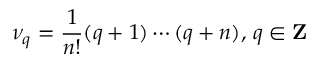
\nu _ { q } = { \frac { 1 } { n ! } } ( q + 1 ) \cdots ( q + n ) , \, q \in { \bf Z }